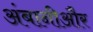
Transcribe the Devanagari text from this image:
अंबानीऔर